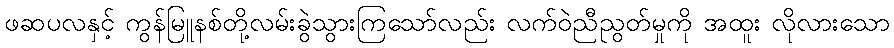
ဖဆပလနှင့် ကွန်မြူနစ်တို့လမ်းခွဲသွားကြသော်လည်း လက်ဝဲညီညွတ်မှုကို အထူး လိုလားသော